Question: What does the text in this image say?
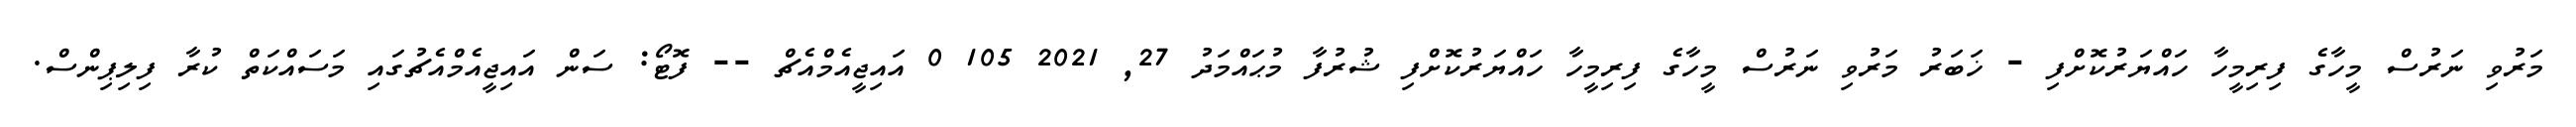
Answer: މަރުވި ނަރުސް މީހާގެ ފިރިމީހާ ހައްޔަރުކޮށްފި - ޚަބަރު މަރުވި ނަރުސް މީހާގެ ފިރިމީހާ ހައްޔަރުކޮށްފި ޝުރުފާ މުޙައްމަދު 27, 2021 105 0 އައިޖީއެމްއެޗް -- ފޮޓޯ: ސަން އައިޖީއެމްއެޗުގައި މަސައްކަތް ކުރާ ފިލިޕިންސް.